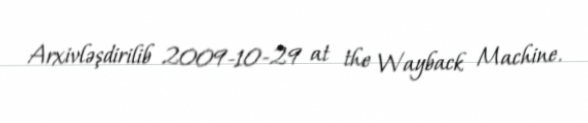
Arxivləşdirilib 2009-10-29 at the Wayback Machine.